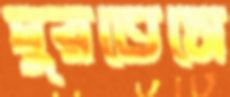
ঘুরতেসে